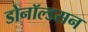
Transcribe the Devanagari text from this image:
डोनॉल्डसन